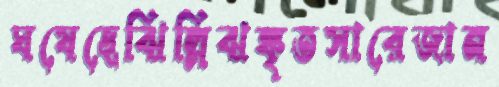
ঘষেছেঝিল্লিঝঙ্কৃতসারেজান